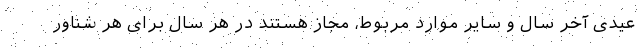
عیدی آخر سال و سایر موارد مربوط، مجاز هستند در هر سال برای هر شناور